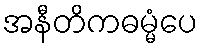
အနီတိကဓမ္မံပေ